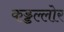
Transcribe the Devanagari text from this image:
कड्डल्लोर